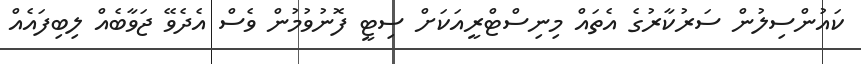
ކައުންސިލުން ސަރުކާރުގެ އެތައް މިނިސްޓްރީއަކަށް ސިޓީ ފޮނުވުމުން ވެސް އެދެވޭ ޖަވާބެއް ލިބިފައެއް